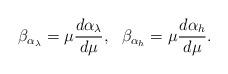
LaTeX: \begin{align*}\beta_{\alpha_{\lambda}}=\mu\frac{d\alpha_{\lambda}}{d\mu},~~\beta_{\alpha_{h}}=\mu\frac{d\alpha_{h}}{d\mu}.\end{align*}